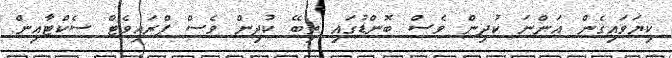
ކިޔަވައިގެން އަންނަ ކުދިން ވެސް ބޮންޑުގައި ތިބޭ ކުދިން ވެސް ޕްރައިވެޓް ސެކްޓާއިން